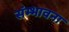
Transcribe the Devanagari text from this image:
संम्भावना